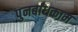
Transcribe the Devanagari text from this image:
पुनर्बांधकाम